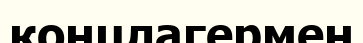
концлагермен